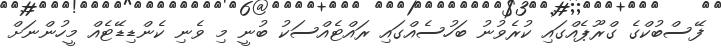
ފޭސްބުކްގެ ގްރޫޕެއްގައި ކުރެވުނު ބަހުސެއްގައި ރައްޓެއްސަކު ބުނީ މި ވެނި ކެންޑިޑޭޓެއް މީހުންނަށް